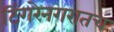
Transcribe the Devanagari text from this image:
टिंगरेनगरातच